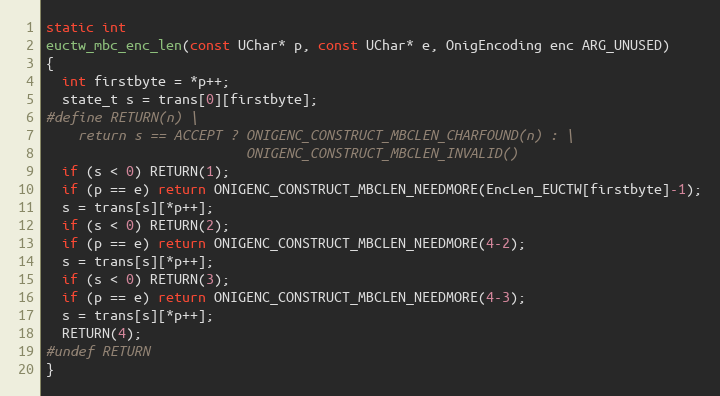
Language: C
static int
euctw_mbc_enc_len(const UChar* p, const UChar* e, OnigEncoding enc ARG_UNUSED)
{
  int firstbyte = *p++;
  state_t s = trans[0][firstbyte];
#define RETURN(n) \
    return s == ACCEPT ? ONIGENC_CONSTRUCT_MBCLEN_CHARFOUND(n) : \
                         ONIGENC_CONSTRUCT_MBCLEN_INVALID()
  if (s < 0) RETURN(1);
  if (p == e) return ONIGENC_CONSTRUCT_MBCLEN_NEEDMORE(EncLen_EUCTW[firstbyte]-1);
  s = trans[s][*p++];
  if (s < 0) RETURN(2);
  if (p == e) return ONIGENC_CONSTRUCT_MBCLEN_NEEDMORE(4-2);
  s = trans[s][*p++];
  if (s < 0) RETURN(3);
  if (p == e) return ONIGENC_CONSTRUCT_MBCLEN_NEEDMORE(4-3);
  s = trans[s][*p++];
  RETURN(4);
#undef RETURN
}